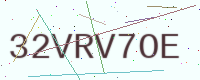
Text: 32VRV7OE